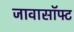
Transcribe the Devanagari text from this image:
जावासॉफ्ट